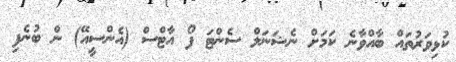
ކުޅިވަރުތައް ބާއްވާނެ ކަމަށް ނެޝަނަލް ސެންޓަ ފޯ އާޓްސް (އެންސީއޭ) ން ބުނެފި